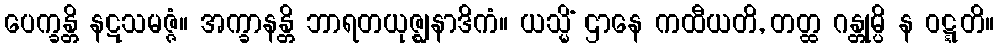
ပေက္ခန္တိ နဋသမဇ္ဇံ။ အက္ခာနန္တိ ဘာရတယုဇ္ဈနာဒိကံ။ ယသ္မိံ ဌာနေ ကထီယတိ, တတ္ထ ဂန္တုမ္ပိ န ဝဋ္ဋတိ။